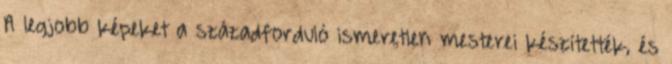
A legjobb képeket a századforduló ismeretlen mesterei készítették, és